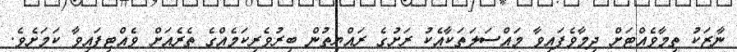
ނާޒަކު ތިމާވެއްޓަށް ދިމާވެފައިވާ މައްސަލަތަކާއެކު ރަށުގެ ރައްޔިތުން ބިރުވެރިކަމެއްގެ ތެރެއަށް ވެއްޓިފައިވާ ކަމަށެވެ.